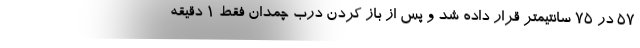
57 در 75 سانتیمتر قرار داده شد و پس از باز کردن درب چمدان فقط 1 دقیقه